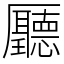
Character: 㕔